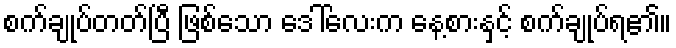
စက်ချုပ်တတ်ပြီ ဖြစ်သော ဒေါ်လေးက နေ့စားနှင့် စက်ချုပ်ရ၏။